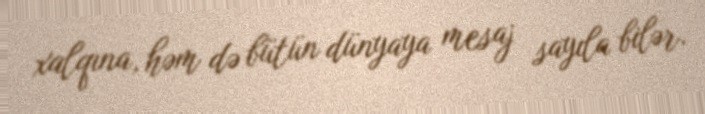
xalqına, həm də bütün dünyaya mesaj sayıla bilər.